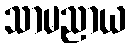
သာမညာယ